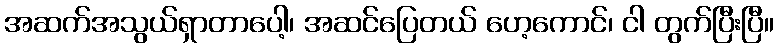
အဆက်အသွယ်ရှာတာပေါ့၊ အဆင်ပြေတယ် ဟေ့ကောင်၊ ငါ တွက်ပြီးပြီ။